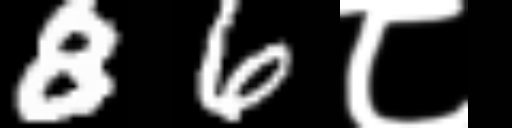
Text: 86८